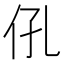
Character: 𱎧